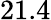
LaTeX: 21.4